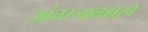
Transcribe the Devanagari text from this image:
आंतरजालावरचे